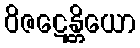
ဝိဇဋေန္တိယော